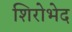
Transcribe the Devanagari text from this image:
शिरोभेद